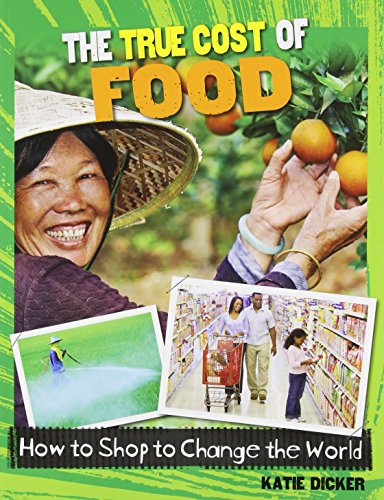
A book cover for The True Cost of Food (Consumer Nation: How to Shop to Change the World); Katie Dicker; Teen & Young Adult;